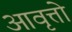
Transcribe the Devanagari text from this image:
आवृत्तो